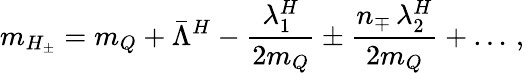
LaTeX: m_{H_{\pm}}=m_{Q}+\bar{\Lambda}^{H}-{\frac{\lambda_{1}^{H}}{2m_{Q}}}\pm{\frac{n_{\mp}\, \lambda_{2}^{H}}{2m_{Q}}}+\ldots\, ,